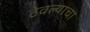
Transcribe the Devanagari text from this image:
ठेवल्याचा